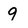
Character: 9